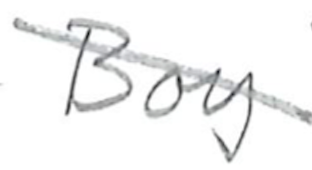
Text: Boy
Cross-out: diagonal
Writing tool: pencil